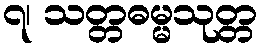
၇၊ သတ္တဓမ္မသုတ္တ